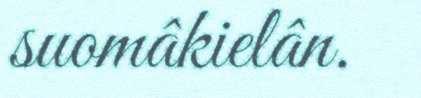
suomâkielân.